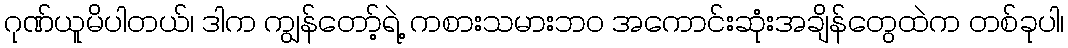
ဂုဏ်ယူမိပါတယ်၊ ဒါက ကျွန်တော့်ရဲ့ ကစားသမားဘ၀ အကောင်းဆုံးအချိန်တွေထဲက တစ်ခုပါ၊